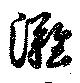
灘